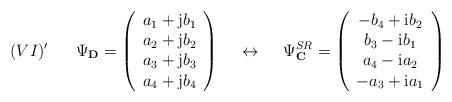
LaTeX: \begin{align*}(VI)' \hspace{7mm} \Psi_{\bf D} =\left(\begin{array}{c}a_1 +{\rm j}b_1 \\a_2 +{\rm j}b_2 \\a_3 +{\rm j}b_3 \\a_4 +{\rm j}b_4\end{array}\right) \hspace{5mm} \leftrightarrow \hspace{5mm}\Psi^{SR}_{\bf C} =\left(\begin{array}{c}-b_4+{\rm i}b_2 \\b_3-{\rm i}b_1 \\a_4-{\rm i}a_2 \\-a_3+{\rm i}a_1\end{array}\right)\end{align*}